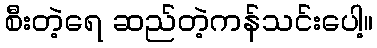
စီးတဲ့ရေ ဆည်တဲ့ကန်သင်းပေါ့။